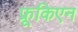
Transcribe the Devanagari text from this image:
फ्रूकिएन